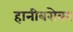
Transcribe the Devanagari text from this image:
हानीबरोबर